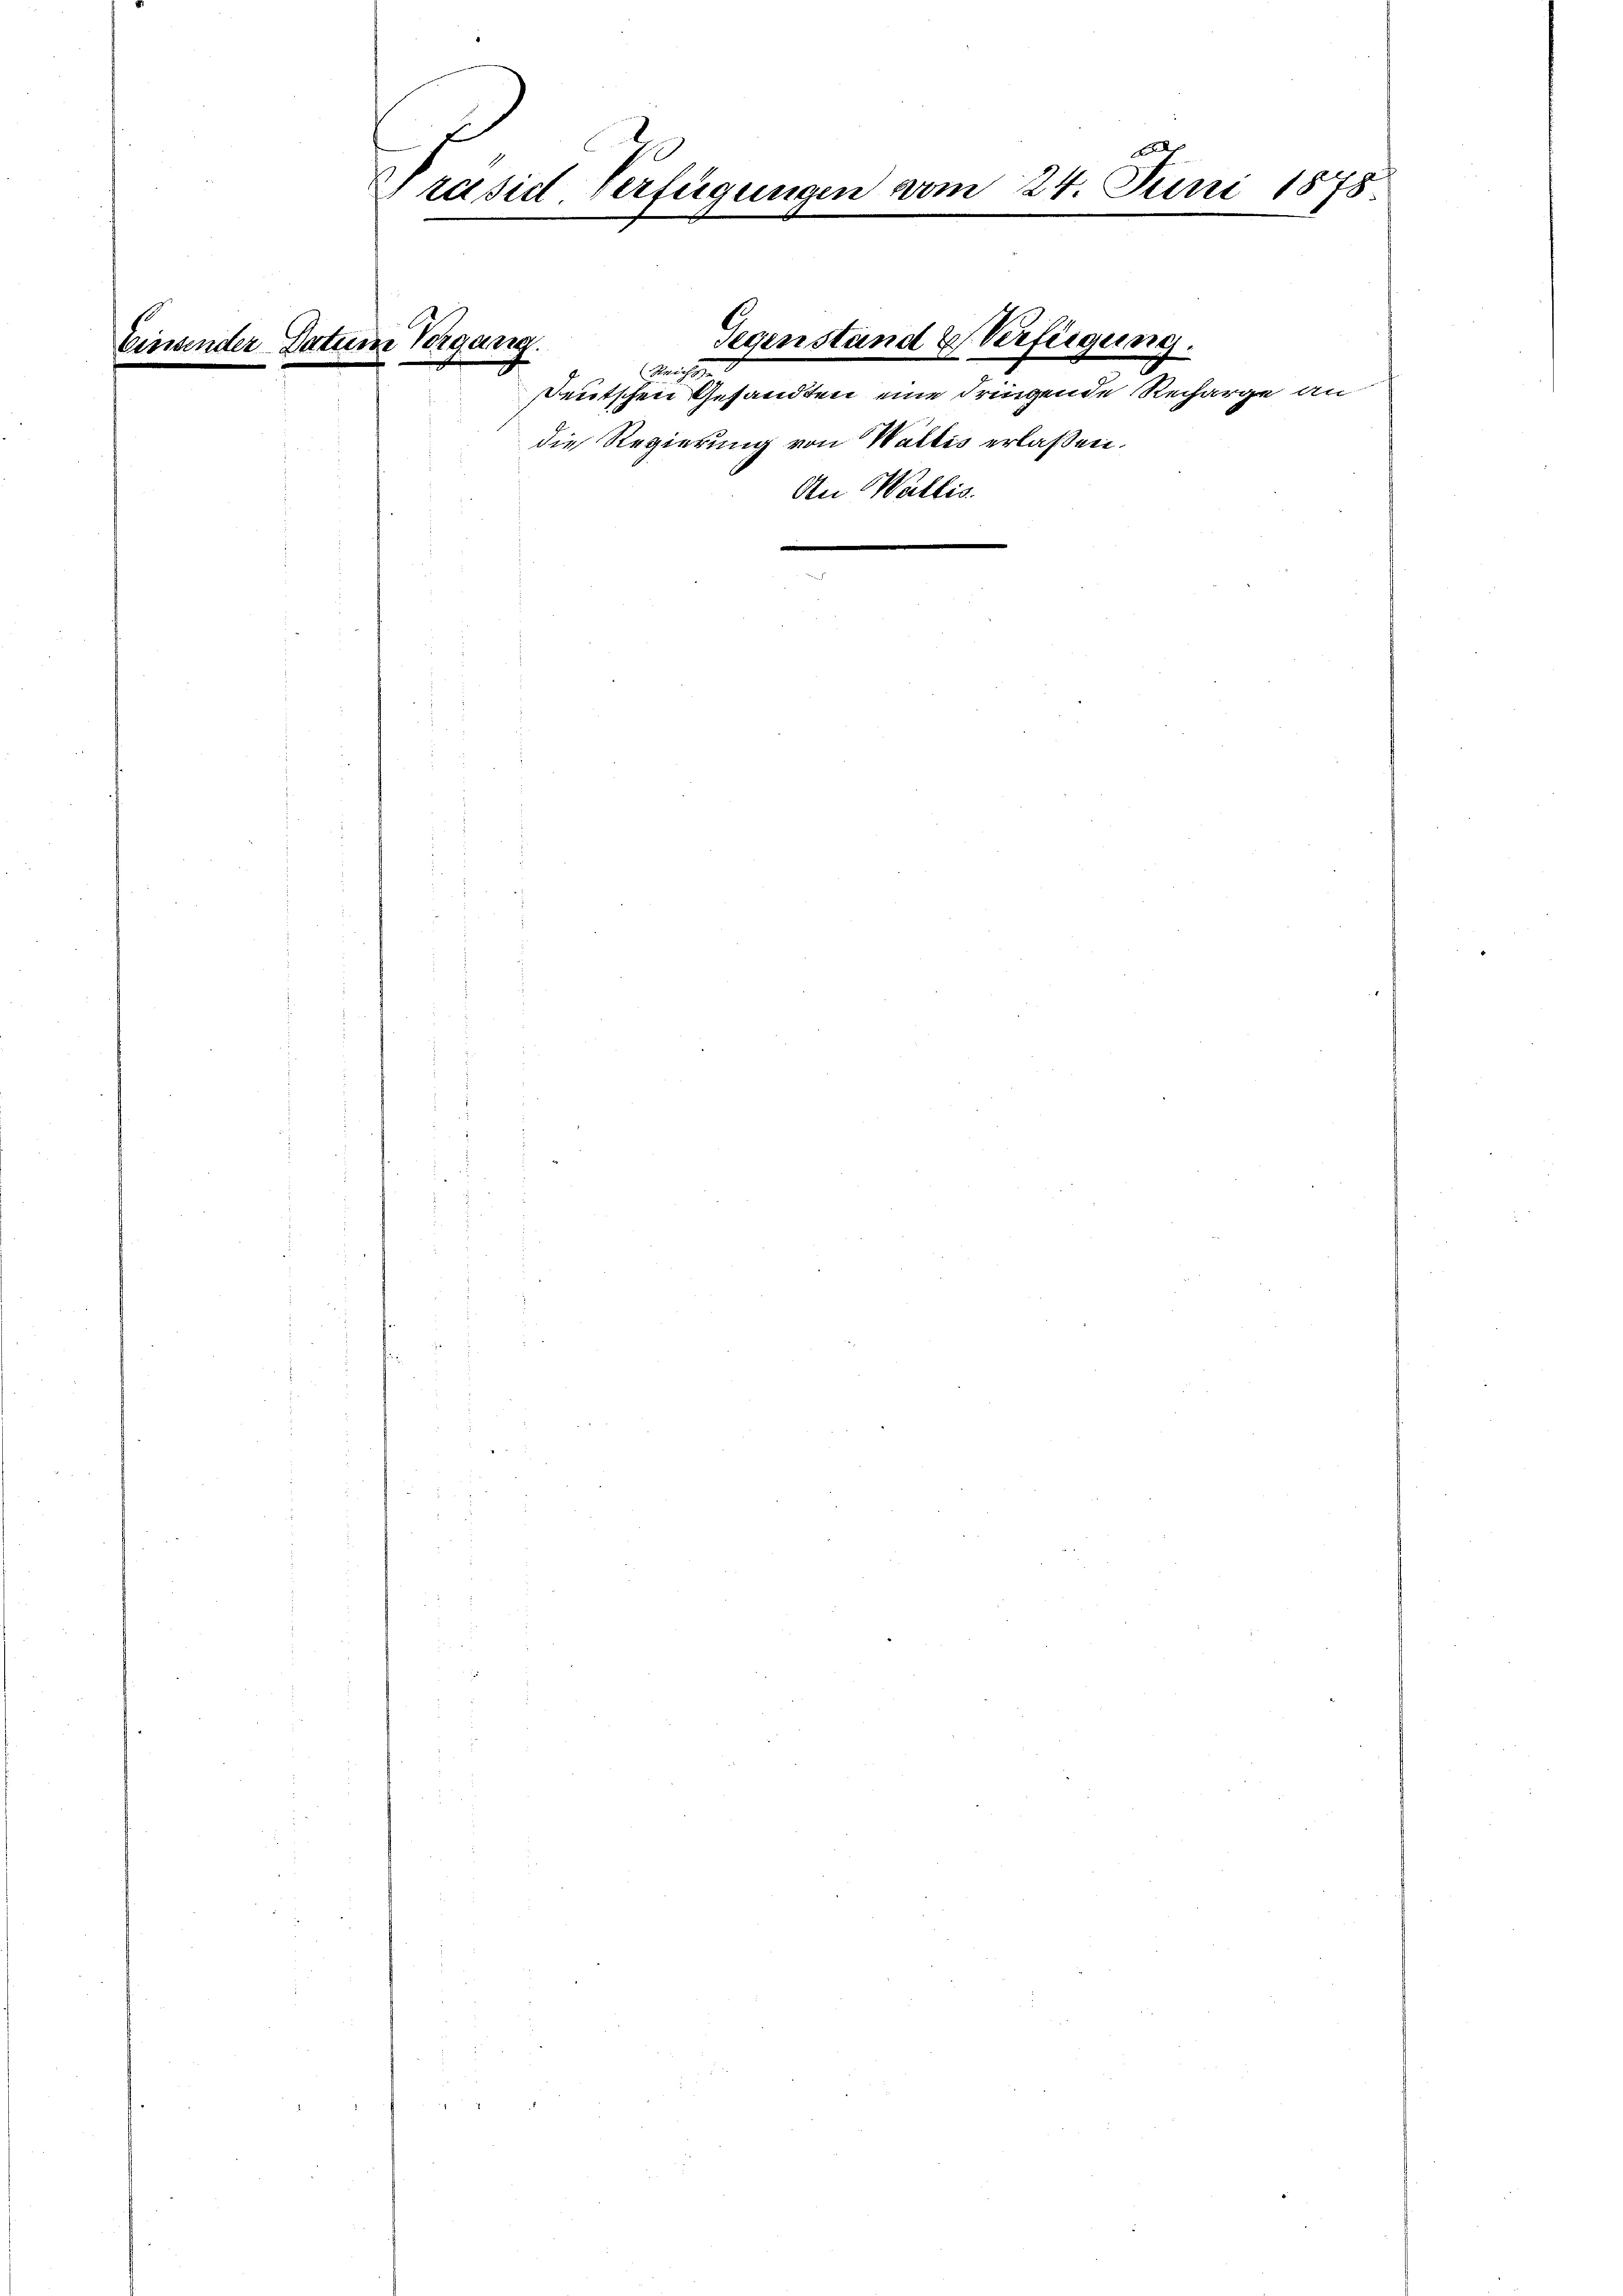
Leine

D.

e

dder |
Gräsidl verfügungen vom 24. Juni 1878.
.

Trans

Segenstand & Verfügun
.
Harniss
Deutschen Gesandten eine dringende Recharge an

die Regierung von Wallis erlaßen.
llis.
An